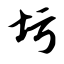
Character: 圬